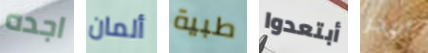
اجده ألمان طبية أبتعدوا أفجر